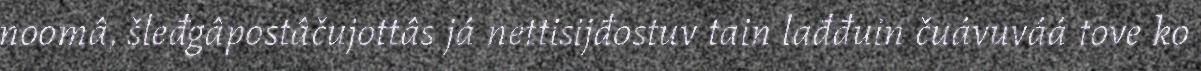
noomâ, šleđgâpostâčujottâs já nettisijđostuv tain lađđuin čuávuváá tove ko